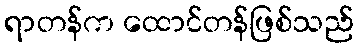
ရာတန်က ထောင်တန်ဖြစ်သည်